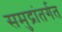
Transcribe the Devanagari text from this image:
समुद्रांतर्गत